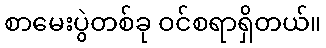
စာမေးပွဲတစ်ခု ဝင်စရာရှိတယ်။